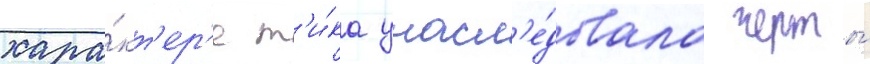
хара́кт'ер'е т'и́ка унасл'е́довала черты́